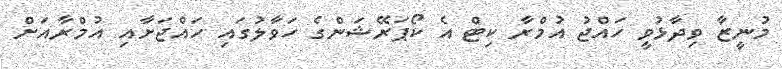
މުނީޒާ ވިދާޅުވީ ހައްޖު އުމްރާ ކިޓް އެ ކޯޕަރޭޝަންގެ ހަވާލުގައި ހައްޖަށާއި އުމްރާއަށް